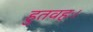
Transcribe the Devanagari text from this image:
हुतवहः।